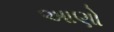
આણો